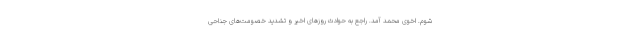
شوم. اخوى محمد آمد. راجع به حوادث روزهاى اخیر و تشدید خصومت‌هاى جناحى